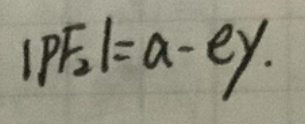
$\vert PF_2 \vert = a - ey$